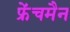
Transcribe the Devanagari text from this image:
फ्रेंचमैन